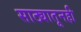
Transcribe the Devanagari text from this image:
साठ्यातूनही